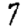
Digit: 7